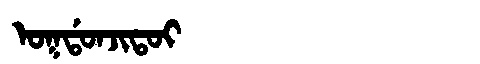
Manchu: ᠣᡴᡩᠣᠨᠵᡳᡨᠣᡳ
Romanization: OKDONJITOI